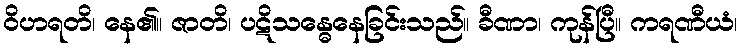
ဝိဟရတိ၊ နေ၏။ ဇာတိ၊ ပဋိသန္ဓေနေခြင်းသည်။ ခီဏာ၊ ကုန်ပြီ။ ကရဏီယံ၊